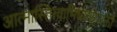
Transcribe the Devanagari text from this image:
आत्मास्तित्वाभिधानप्रसक्तौ